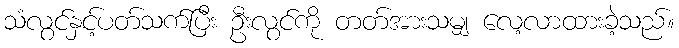
သံလွင်နှင့်ပတ်သက်ပြီး ဦးလွင်ကို တတ်အားသမျှ လေ့လာထားခဲ့သည်။